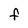
Character: F